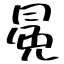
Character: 冕